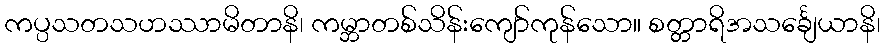
ကပ္ပသတသဟဿာမိတာနိ၊ ကမ္ဘာတစ်သိန်းကျော်ကုန်သော။ စတ္တာရိအသင်္ချေယာနိ၊